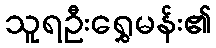
သူရဦးရွှေမန်း၏